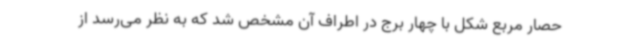
حصار مربع شکل با چهار برج در اطراف آن مشخص شد که به نظر می‌رسد از